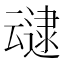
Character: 叇